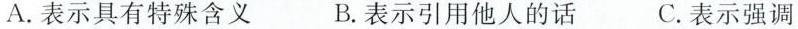
A.表示具有特殊含义 B.表示引用他人的话 C.表示强调